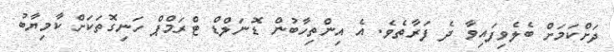
ދަށްކަމަށް ބެލެވިފައިވާ ދެ ފަރާތެވެ. އެ އިންތިހާބުން ޑޮނަލްޑް ޓްރަމްޕް ހަނިގޮތަކަށް ކާމިޔާބު